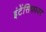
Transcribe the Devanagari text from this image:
इंटेंसिफायर